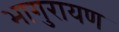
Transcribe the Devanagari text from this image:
भागुरायण